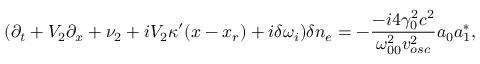
( \partial _ { t } + V _ { 2 } \partial _ { x } + \nu _ { 2 } + i V _ { 2 } \kappa ^ { \prime } ( x - x _ { r } ) + i \delta \omega _ { i } ) \delta n _ { e } = - \frac { - i 4 \gamma _ { 0 } ^ { 2 } c ^ { 2 } } { \omega _ { 0 0 } ^ { 2 } v _ { o s c } ^ { 2 } } a _ { 0 } a _ { 1 } ^ { \ast } ,